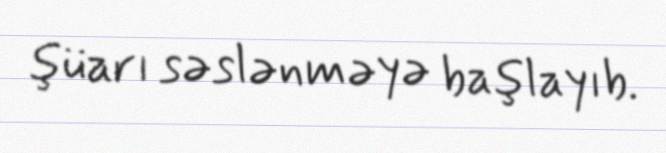
şüarı səslənməyə başlayıb.